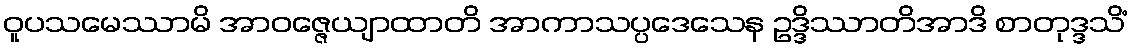
ဝူပသမေဿာမိ အာဝဇ္ဇေယျာထာတိ အာကာသပ္ပဒေသေန ဥဒ္ဒိဿာတိအာဒိ စာတုဒ္ဒသိံ